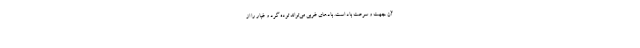
آن جهت و سرعت باد است. بادهای غربی می‌تواند توده گرد و غبار را از